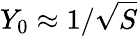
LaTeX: Y_{0}\approx 1/{\sqrt{S}}